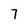
Character: 7